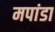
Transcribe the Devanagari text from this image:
मपांडा